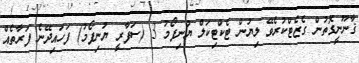
ޤާނޫނީގޮތުން ގެޒެޓްކުރެވޭ ލިޔުން ޓެކްޓިކަލް ޔުނިފޯމު 3 (ސަފާރީ ޔުނިފޯމު) ފަހައިދޭނެ ފަރާތެއް